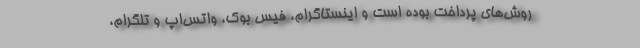
روش‌های پرداخت بوده است و اینستاگرام، فیس بوک، واتس‌اپ و تلگرام،